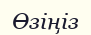
Өзіңіз